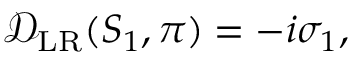
\begin{array} { r } { \mathcal { D } _ { \mathrm { L R } } ( S _ { 1 } , \pi ) = - i \sigma _ { 1 } , } \end{array}